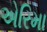
એરિમા